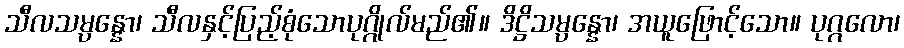
သီလသမ္ပန္နော၊ သီလနှင့်ပြည့်စုံသောပုဂ္ဂိုလ်မည်၏။ ဒိဋ္ဌိသမ္ပန္နော၊ အယူဖြောင့်သော။ ပုဂ္ဂလော၊